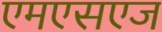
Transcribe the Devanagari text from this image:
एमएसएज